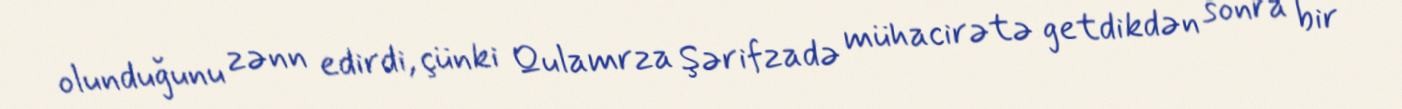
olunduğunu zənn edirdi, çünki Qulamrza Şərifzadə mühacirətə getdikdən sonra bir